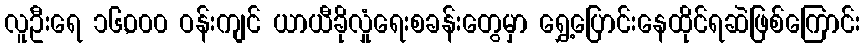
လူဦးရေ ၁၆,၀၀၀ ဝန်းကျင် ယာယီခိုလှုံရေးစခန်းတွေမှာ ရွှေ့ပြောင်းနေထိုင်ရဆဲဖြစ်ကြောင်း